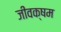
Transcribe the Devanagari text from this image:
जीवक्षम